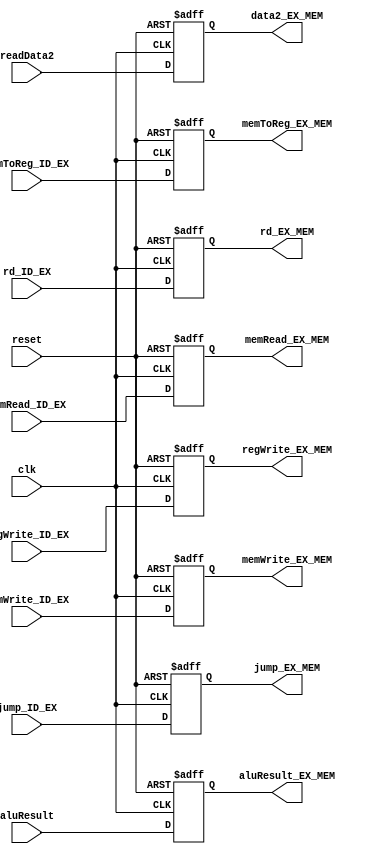
`timescale 1ns / 1ps
//////////////////////////////////////////////////////////////////////////////////
// Company: 
// Engineer: 
// 
// Design Name: 
// Module Name:    EX_MEM_reg 
// Project Name: 
// Target Devices: 
// Tool versions: 
// Description: 
//
// Dependencies: 
//
// Revision: 
// Revision 0.01 - File Created
// Additional Comments: 
//
//////////////////////////////////////////////////////////////////////////////////
module EX_MEM_reg(regWrite_EX_MEM,memWrite_EX_MEM,memRead_EX_MEM,
              memToReg_EX_MEM,rd_EX_MEM,aluResult_EX_MEM,data2_EX_MEM,jump_EX_MEM,
              regWrite_ID_EX,memWrite_ID_EX,memRead_ID_EX,
              memToReg_ID_EX,rd_ID_EX,aluResult,readData2,jump_ID_EX,clk,reset);
output reg [31:0]aluResult_EX_MEM,data2_EX_MEM;
output reg [4:0]rd_EX_MEM;
output reg regWrite_EX_MEM,memWrite_EX_MEM,memRead_EX_MEM,memToReg_EX_MEM,jump_EX_MEM;
input [31:0] aluResult,readData2;
input [4:0]rd_ID_EX;
input regWrite_ID_EX,memWrite_ID_EX,memRead_ID_EX,memToReg_ID_EX,jump_ID_EX,clk,reset;

always@(posedge clk, negedge reset)
begin
if(reset==0) 
    begin
        regWrite_EX_MEM = 0;
        memWrite_EX_MEM = 0;
        memRead_EX_MEM = 0;
        memToReg_EX_MEM = 0;
        rd_EX_MEM = 0;
        aluResult_EX_MEM = 0;
        data2_EX_MEM = 0;
        jump_EX_MEM = 0;
    end

else
    begin 
        regWrite_EX_MEM = regWrite_ID_EX;
        memWrite_EX_MEM = memWrite_ID_EX;
        memRead_EX_MEM = memRead_ID_EX;
        memToReg_EX_MEM = memToReg_ID_EX;
        rd_EX_MEM = rd_ID_EX;
        aluResult_EX_MEM = aluResult;
        data2_EX_MEM = readData2;
        jump_EX_MEM = jump_ID_EX;
    end
end

endmodule